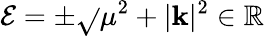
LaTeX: \mathcal{E}=\pm\sqrt{}{{\mu^{2}+|\mathbf{{k}}|^{2}}}\in\mathbb{{R}}